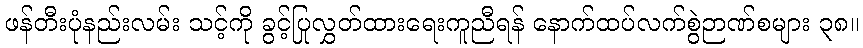
ဖန်တီးပုံနည်းလမ်း သင့်ကို ခွင့်ပြုလွှတ်ထားရေးကူညီရန် နောက်ထပ်လက်စွဲဉာဏ်စများ ၃၈။